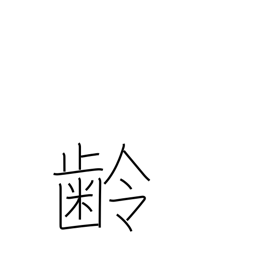
Meaning: age